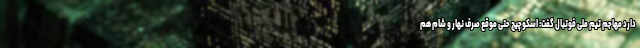
دارد مهاجم تیم ملی فوتبال گفت: اسکوچیچ حتی موقع صرف نهار و شام هم